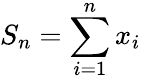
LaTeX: S_{n}=\sum_{i=1}^{n}x_{i}